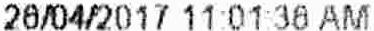
06/04/2017 11:01:36 AM